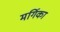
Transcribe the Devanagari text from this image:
मर्गिका